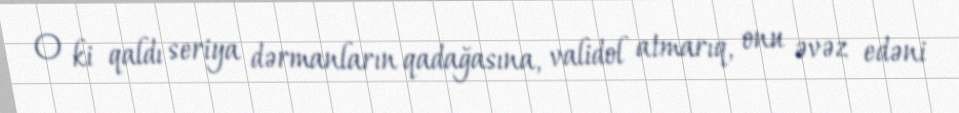
O ki qaldı seriya dərmanların qadağasına, validol atmarıq, onu əvəz edəni